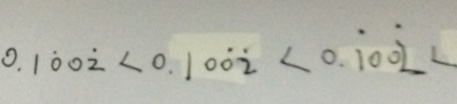
0 . 1 \dot { 0 } 0 \dot { 2 } < 0 . 1 0 \dot { 0 } \dot { 2 } < 0 . \dot { 1 } 0 0 \dot { 2 } <